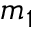
m _ { 1 }